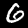
Label: 6